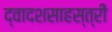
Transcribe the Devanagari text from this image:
द्वादशसाहस्त्री